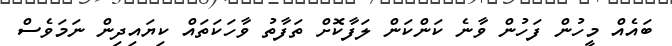
ބައެއް މީހުން ފަހުން ވާނެ ކަންކަން ލަފާކޮށް ތަފާތު ވާހަކަތައް ކިޔައިދިން ނަމަވެސް